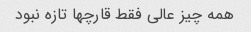
همه چیز عالی فقط قارچها تازه نبود